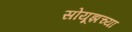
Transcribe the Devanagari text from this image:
सोयूझच्या